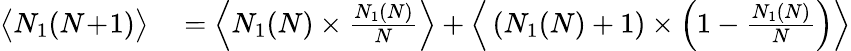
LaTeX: \begin{array}{rl}{\big\langle N_{1}(N\! +\! 1)\big\rangle}&{{}=\Big\langle N_{1}(N)\times\frac{N_{1}(N)}{N}\Big\rangle+\Big\langle\left(N_{1}(N)+1\right)\times\Big(1-\frac{N_{1}(N)}{N}\Big)\Big\rangle}\end{array}